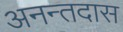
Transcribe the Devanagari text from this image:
अनन्तदास